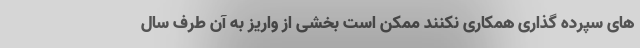
های سپرده گذاری همکاری نکنند ممکن است بخشی از واریز به آن طرف سال